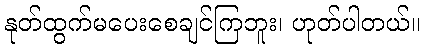
နုတ်ထွက်မပေးစေချင်ကြဘူး၊ ဟုတ်ပါတယ်။